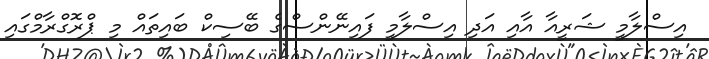
އިސްލާމީ ޝަރީއާ އާއި އަދި އިސްލާމީ ފައިނޭންސްގެ ބޭސިކް ބައިތައް މި ޕްރޮގްރާމްގައި